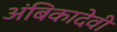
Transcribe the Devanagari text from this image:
अंबिकादेवी